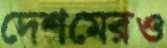
দেশমেরও